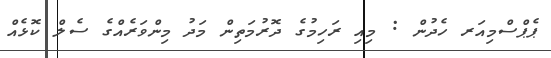
ޕެޕްސްމިއަރ ހެދުން : މިއި ރަހިމުގެ ދޮރުމަތިން މަދު މިންވަރެއްގެ ސެލް ކޮޅެއް